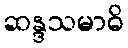
ဆန္ဒသမာဓိ